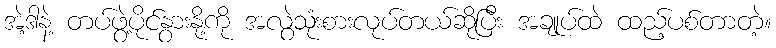
အဲ့ဒါနဲ့ တပ်ဖွဲ့ပိုင်နွားနို့ကို အလွဲသုံးစားလုပ်တယ်ဆိုပြီး အချုပ်ထဲ ထည့်ပစ်တာတဲ့။